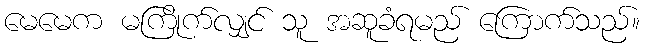
မေမေက မကြိုက်လျှင် သူ အဆူခံရမည် ကြောက်သည်။